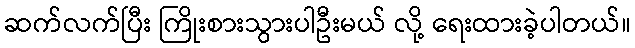
ဆက်လက်ပြီး ကြိုးစားသွားပါဦးမယ် လို့ ရေးထားခဲ့ပါတယ်။